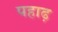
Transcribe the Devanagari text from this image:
पहाढ़